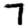
Digit: 7